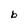
Character: b